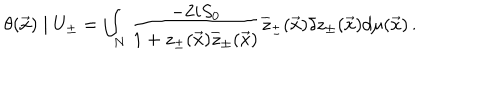
LaTeX: \theta ( \vec { x } ) \mid U _ { \pm } = \int _ { N } \frac { - 2 i S _ { 0 } } { 1 + z _ { \pm } ( \vec { x } ) \overline { { { z } } } _ { \pm } ( \vec { x } ) } \overline { { { z } } } _ { \pm } ( \vec { x } ) \delta z _ { \pm } ( \vec { x } ) d \mu ( \vec { x } ) \, .